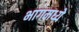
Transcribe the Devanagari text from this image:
भागमध्ये